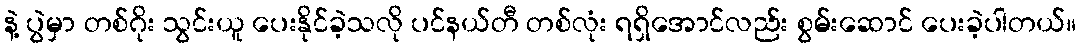
နဲ့ ပွဲမှာ တစ်ဂိုး သွင်းယူ ပေးနိုင်ခဲ့သလို ပင်နယ်တီ တစ်လုံး ရရှိအောင်လည်း စွမ်းဆောင် ပေးခဲ့ပါတယ်။